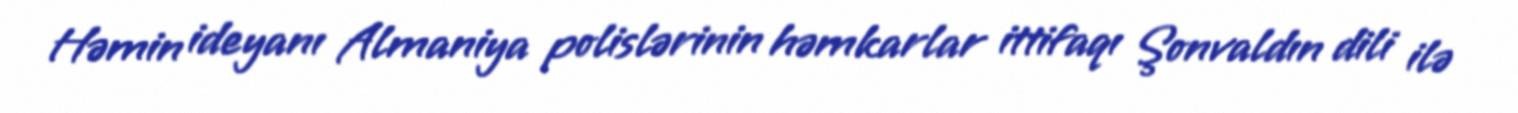
Həmin ideyanı Almaniya polislərinin həmkarlar ittifaqı Şonvaldın dili ilə